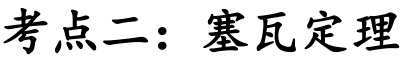
考点二：塞瓦定理